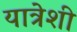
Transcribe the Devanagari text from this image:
यात्रेशी